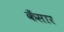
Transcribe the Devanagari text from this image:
कँसार